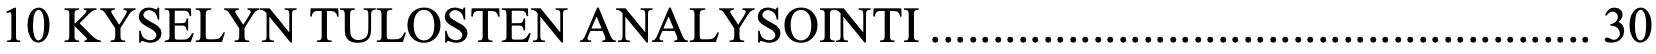
10 KYSELYN TULOSTEN ANALYSOINTI ..................................................... 30